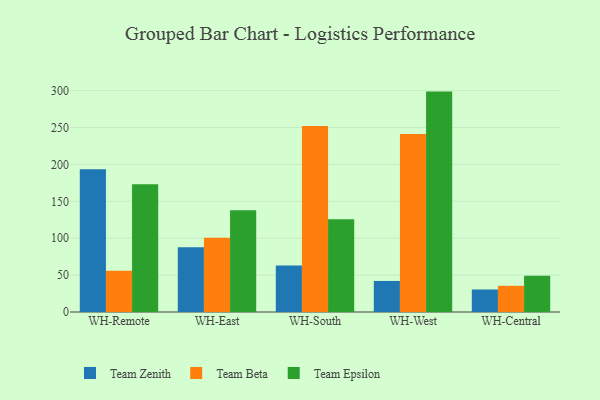
{"axis": {"x": "Warehouse", "y": "Inventory Turnover"}, "legend": ["Team Beta", "Team Epsilon", "Team Zenith"], "data": [{"x": "WH-Remote", "y": 193.4, "type": "Team Zenith"}, {"x": "WH-Remote", "y": 55.9, "type": "Team Beta"}, {"x": "WH-Remote", "y": 173.0, "type": "Team Epsilon"}, {"x": "WH-East", "y": 87.6, "type": "Team Zenith"}, {"x": "WH-East", "y": 100.5, "type": "Team Beta"}, {"x": "WH-East", "y": 137.9, "type": "Team Epsilon"}, {"x": "WH-South", "y": 63.0, "type": "Team Zenith"}, {"x": "WH-South", "y": 252.2, "type": "Team Beta"}, {"x": "WH-South", "y": 125.8, "type": "Team Epsilon"}, {"x": "WH-West", "y": 42.1, "type": "Team Zenith"}, {"x": "WH-West", "y": 241.2, "type": "Team Beta"}, {"x": "WH-West", "y": 298.7, "type": "Team Epsilon"}, {"x": "WH-Central", "y": 30.5, "type": "Team Zenith"}, {"x": "WH-Central", "y": 35.5, "type": "Team Beta"}, {"x": "WH-Central", "y": 49.2, "type": "Team Epsilon"}]}